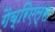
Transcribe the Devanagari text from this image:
गैब्रिएल्स